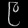
Digit: ၉